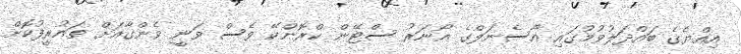
އިއްޔެގެ ބައްދަލުވުމުގައި އާސެނަލްގެ އޯނަރު ސްޓޭން ކްރޮންކޭ ވެސް ވަނީ ވެންގާއަށް ތައުރީފުކޮށް